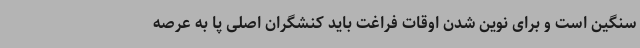
سنگین است و برای نوین شدن اوقات فراغت باید کنشگران اصلی پا به عرصه